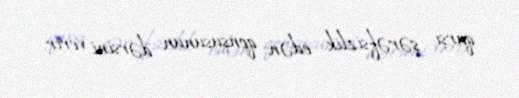
qarşı şərəfsizlik edən qonşusunun dərsini verir.